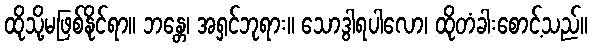
ထိုသို့မဖြစ်နိုင်ရာ။ ဘန္တေ၊ အရှင်ဘုရား။ သောဒွါရပါလော၊ ထိုတံခါးစောင့်သည်။